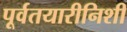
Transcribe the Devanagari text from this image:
पूर्वतयारीनिशी